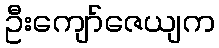
ဦးကျော်ဇေယျက